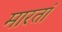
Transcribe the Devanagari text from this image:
मारतां